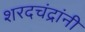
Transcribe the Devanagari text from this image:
शरदचंद्रांनी